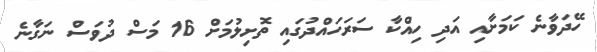
ހޭދަވާނެ ކަމަށާއި އަދި ހިއްކާ ސަރަހައްދުގައި ތޮށިލުމަށް 16 މަސް ދުވަސް ނަގާނެ